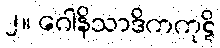
၂။ ဂေါနိသာဒိကကုဋိ